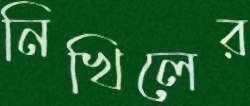
নিখিলের